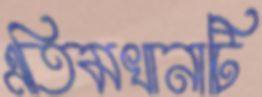
এতিমখানাটি